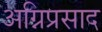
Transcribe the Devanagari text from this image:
अग्निप्रसाद